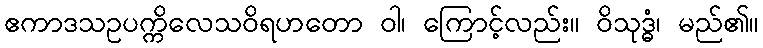
ဧကာဒသဥပက္ကိလေသဝိရဟတော ဝါ၊ ကြောင့်လည်း။ ဝိသုဒ္ဓံ၊ မည်၏။